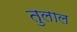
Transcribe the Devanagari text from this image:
तुलाल